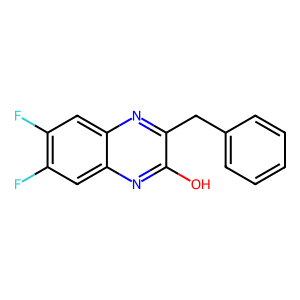
SMILES: Oc1nc2cc(F)c(F)cc2nc1Cc1ccccc1
Inhibits HIV replication: No